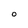
Character: O